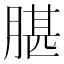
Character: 𦝧